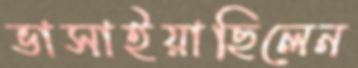
ভাসাইয়াছিলেন